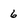
Character: 6